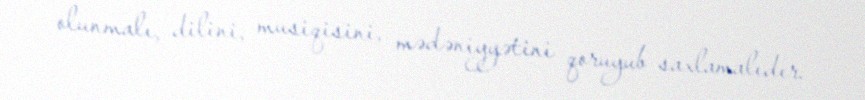
olunmalı, dilini, musiqisini, mədəniyyətini qoruyub saxlamalıdır.